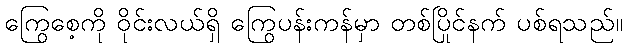
ကြွေစေ့ကို ဝိုင်းလယ်ရှိ ကြွေပန်းကန်မှာ တစ်ပြိုင်နက် ပစ်ရသည်။